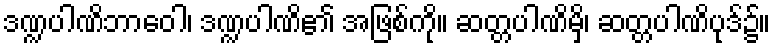
ဒဏ္ဍပါဏိဘာဝေါ၊ ဒဏ္ဍပါဏိ၏ အဖြစ်ကို။ ဆတ္တပါဏိမှိ၊ ဆတ္တပါဏိပုဒ်၌။